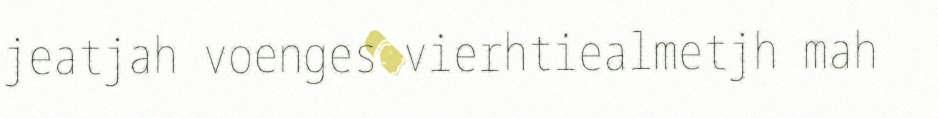
jeatjah voenges vierhtiealmetjh mah